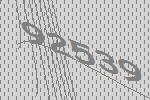
92539